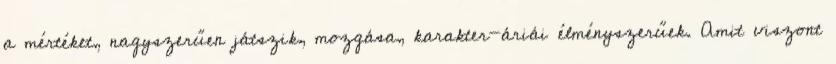
a mértéket, nagyszerűen játszik, mozgása, karakter-áriái élményszerűek. Amit viszont